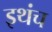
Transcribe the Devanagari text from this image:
इथंच